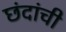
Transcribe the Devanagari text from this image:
छंदांची